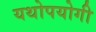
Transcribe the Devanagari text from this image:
यथोपयोगी